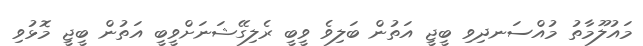
މައުލޫމާތު މުއްސަނދިވި ބީޖީ އަތުން ބަލިވެ ވީބީ ރެލިގޭޝަނަށްވީބީ އަތުން ބީޖީ މޮޅުވި